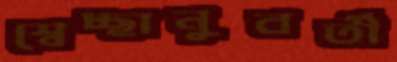
স্বেচ্ছানুবর্তী